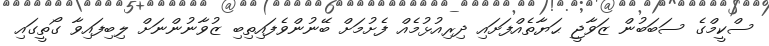
ސްކީމްގެ ސަބަބުން ޒަވާޖީ ޙަޔާތެއްފަށައި ދިރިއުޅުމެއް ފެށުމަށް ބޭނުންވެފައިތިބި ޒުވާނުންނަށް ލިބިފައިވާ ގޯތީގައި